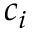
c _ { i }